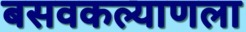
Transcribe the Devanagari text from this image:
बसवकल्याणला